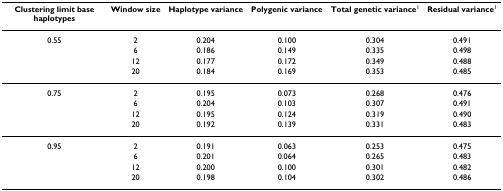
<table><thead><tr><td><b>Clustering limit base haplotypes</b></td><td><b>Window size</b></td><td><b>Haplotype variance</b></td><td><b>Polygenic variance</b></td><td><b>Total genetic variance<sup>1</sup></b></td><td><b>Residual variance<sup>1</sup></b></td></tr></thead><tbody><tr><td>0.55</td><td>2</td><td>0.204</td><td>0.100</td><td>0.304</td><td>0.491</td></tr><tr><td></td><td>6</td><td>0.186</td><td>0.149</td><td>0.335</td><td>0.498</td></tr><tr><td></td><td>12</td><td>0.177</td><td>0.172</td><td>0.349</td><td>0.488</td></tr><tr><td></td><td>20</td><td>0.184</td><td>0.169</td><td>0.353</td><td>0.485</td></tr><tr><td>0.75</td><td>2</td><td>0.195</td><td>0.073</td><td>0.268</td><td>0.476</td></tr><tr><td></td><td>6</td><td>0.204</td><td>0.103</td><td>0.307</td><td>0.491</td></tr><tr><td></td><td>12</td><td>0.195</td><td>0.124</td><td>0.319</td><td>0.490</td></tr><tr><td></td><td>20</td><td>0.192</td><td>0.139</td><td>0.331</td><td>0.483</td></tr><tr><td>0.95</td><td>2</td><td>0.191</td><td>0.063</td><td>0.253</td><td>0.475</td></tr><tr><td></td><td>6</td><td>0.201</td><td>0.064</td><td>0.265</td><td>0.483</td></tr><tr><td></td><td>12</td><td>0.200</td><td>0.100</td><td>0.301</td><td>0.482</td></tr><tr><td></td><td>20</td><td>0.198</td><td>0.104</td><td>0.302</td><td>0.486</td></tr></tbody></table>